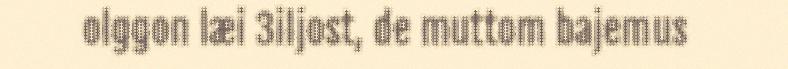
olggon læi 3iljost, de muttom bajemus